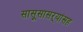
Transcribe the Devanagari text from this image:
सासूसासऱ्यांसह